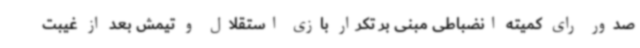
صدور رای کمیته انضباطی مبنی بر تکرار بازی استقلال و تیمش بعد از غیبت